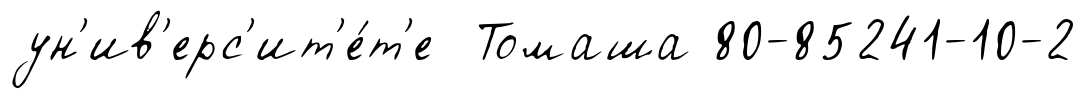
ун'ив'ерс'ит'е́т'е Томаша 80-85241-10-2